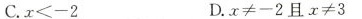
C.$$x < - 2$$ D.$$x ≠ - 2$$且$$x ≠ 3$$